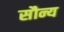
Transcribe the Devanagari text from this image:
सौन्य